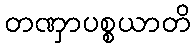
တဏှာပစ္စယာတိ